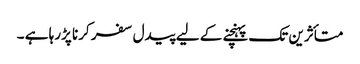
متأثرین تک پہنچنے کے لیے پیدل سفر کرنا پڑرہا ہے ۔